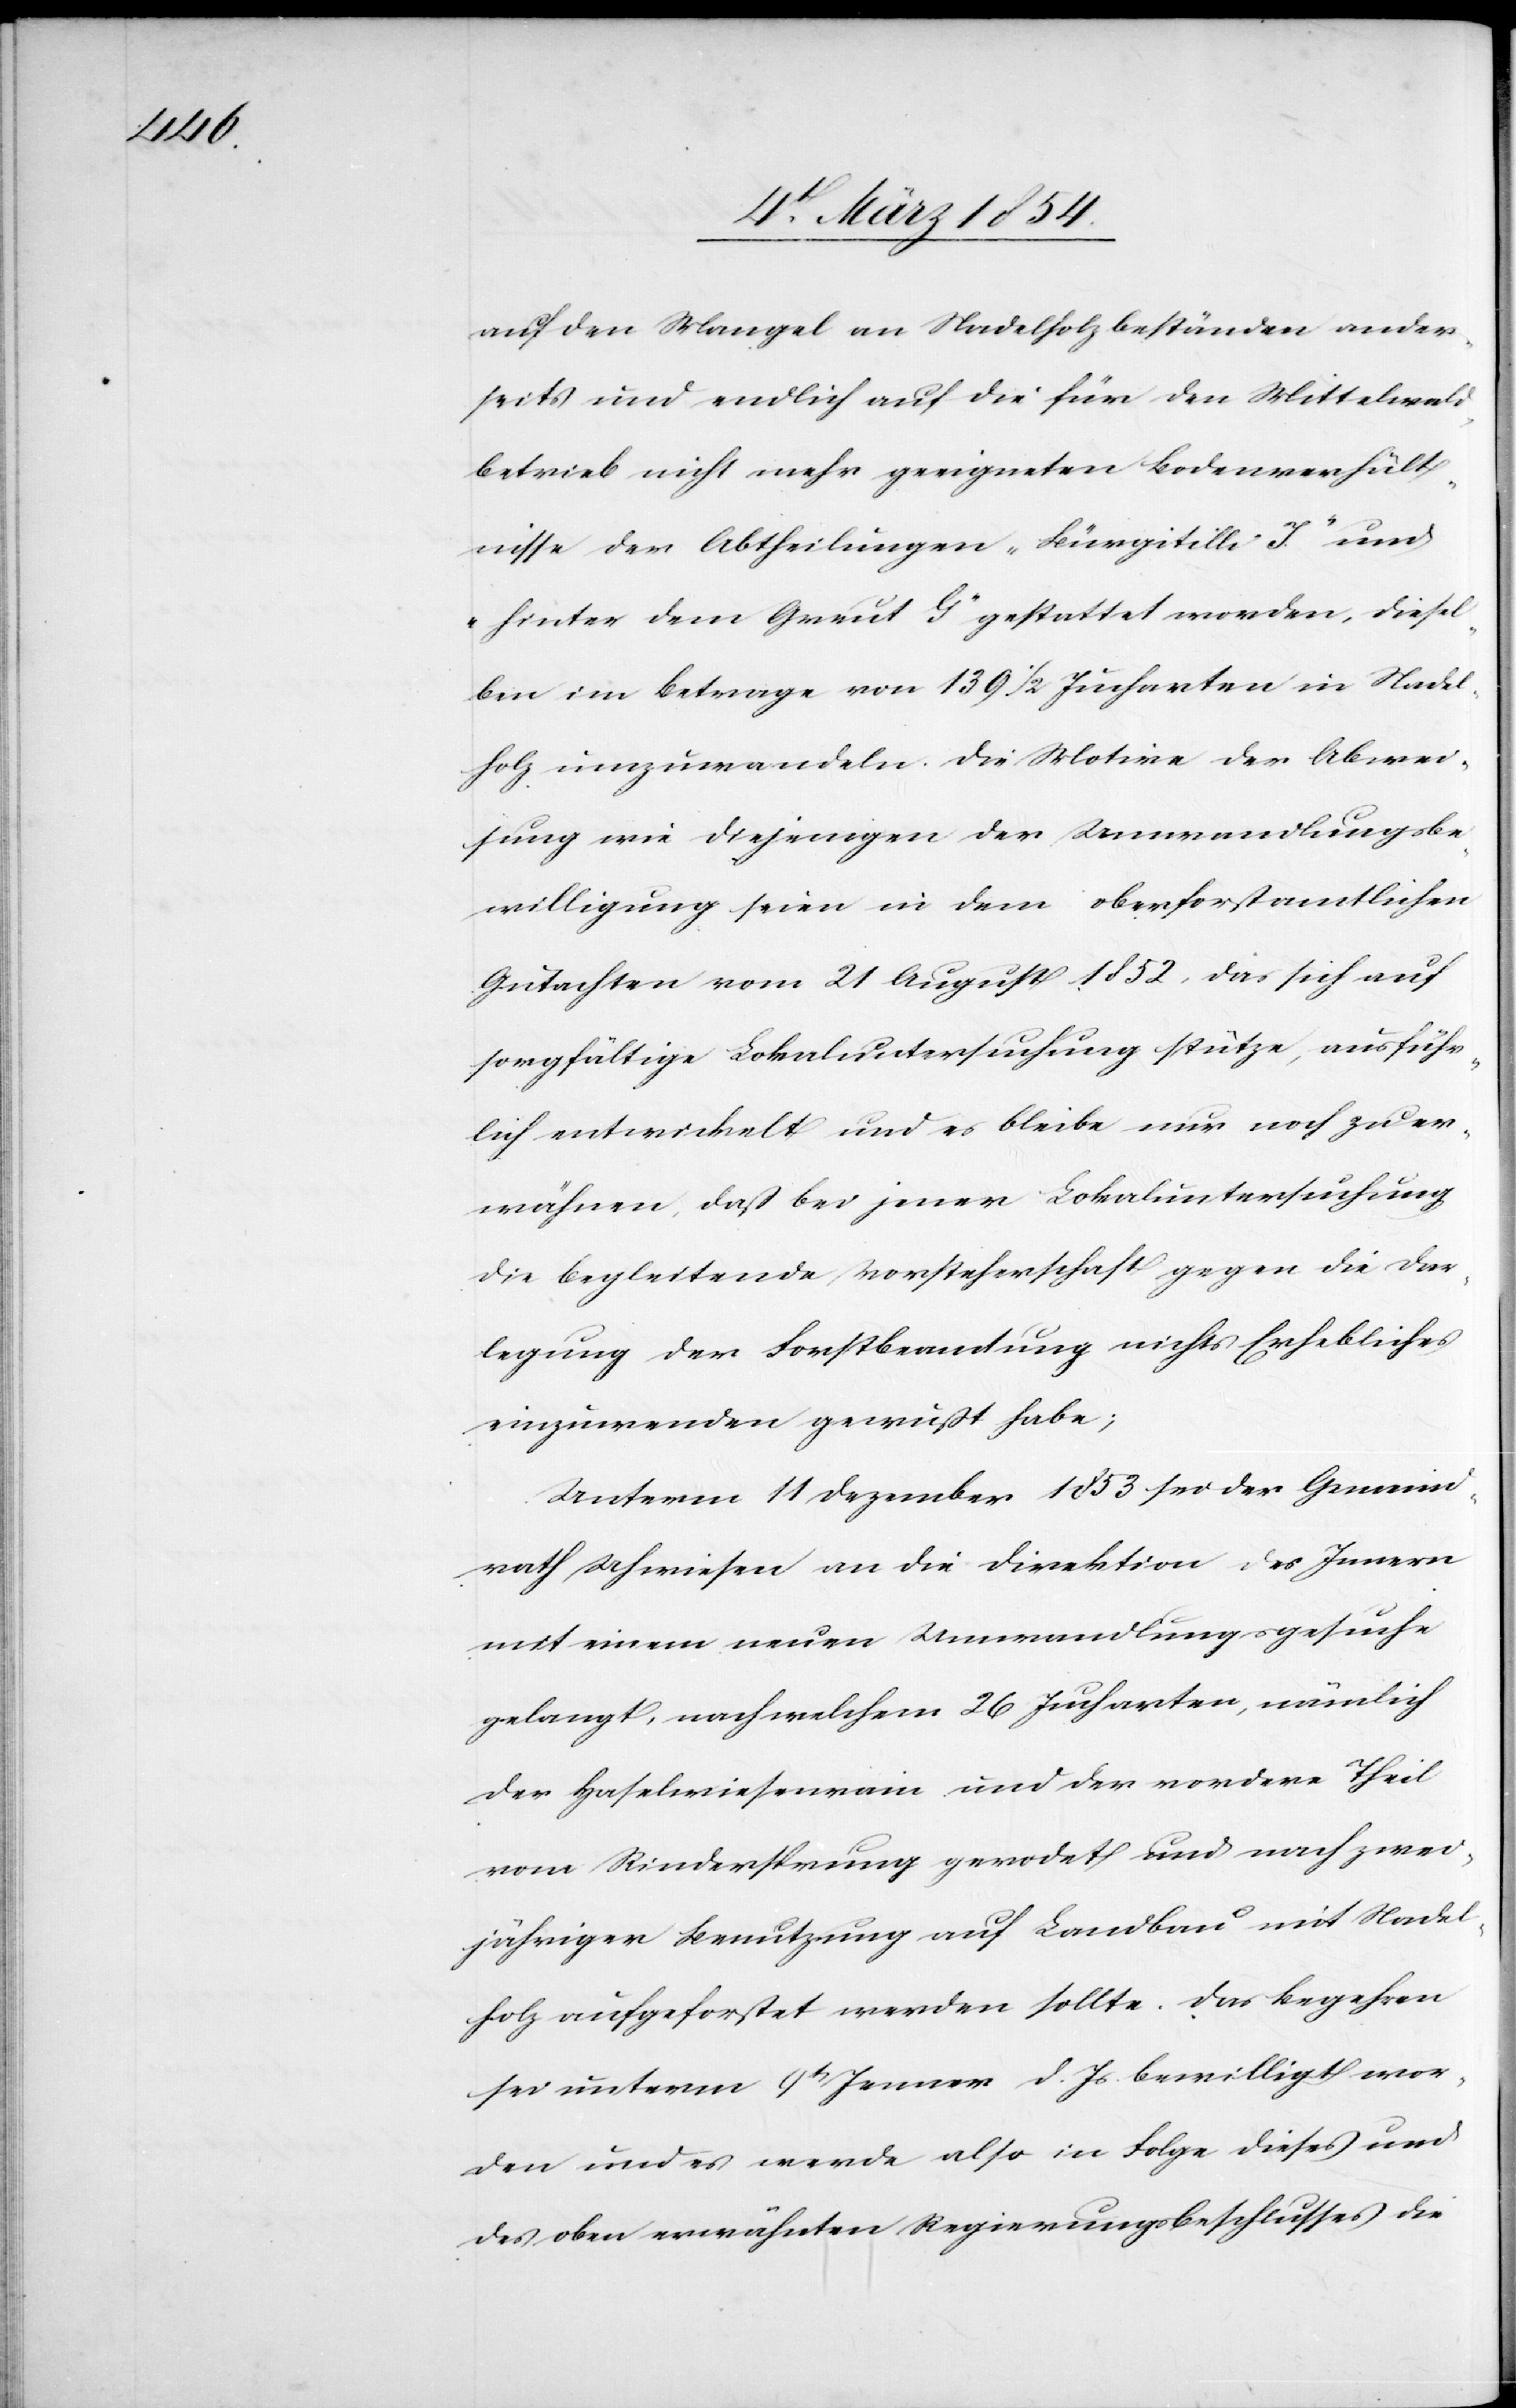
auf den Mangel an Nadelholzbeständen ander¬
seits und endlich auf die für den Mittelwald¬
betrieb nicht mehr geeigneten Bodenverhält¬
nisse der Abtheilungen „Bürgitilli J.“ und
„hinter dem Greut G“ gestattet worden, diesel¬
ben im Betrage von 139 ½ Jucharten in Nadel¬
holz umzuwandeln. Die Motive der Abwei¬
sung wie diejenigen der Umwandlungsbe¬
willigung seien in dem oberforstamtlichen
Gutachten vom 21 August 1852, das sich auf
sorgfältige Lokaluntersuchung stütze, ausführ¬
lich entwickelt und es bleibe nur noch zu er¬
wähnen, daß bei jener Lokaluntersuchung
die begleitende Vorsteherschaft gegen die Dar¬
legung der Forstbeamtung nichts Erhebliches
einzuwenden gewußt habe;
Unterm 11 Dezember 1853 sei der Gemeind¬
rath Uhwiesen an die Direktion des Innern
mit einem neuen Umwandlungsgesuche
gelangt, nach welchem 26 Jucharten, nämlich
der Haselwiesenrain und der vordere Theil
vom Rindersprung gerodet und nach zwei¬
jähriger Benutzung auf Landbau mit Nadel¬
holz aufgeforstet werden sollte. Das Begehren
sei unterm 9t Jenner d. Js bewilligt wor¬
den und es werde also in Folge dieses und
des oben erwähnten Regierungsbeschlusses die